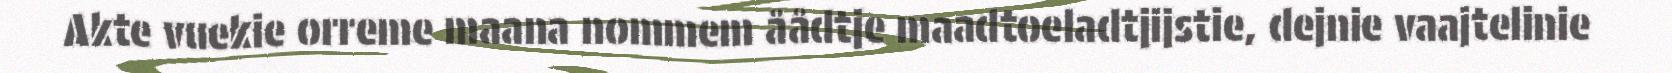
Akte vuekie orreme maana nommem åådtje maadtoeladtjijstie, dejnie vaajtelinie